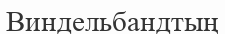
Виндельбандтың